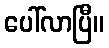
ပေါ်လာပြီ။